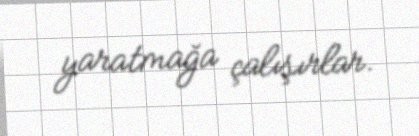
yaratmağa çalışırlar.